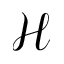
\mathcal { H }